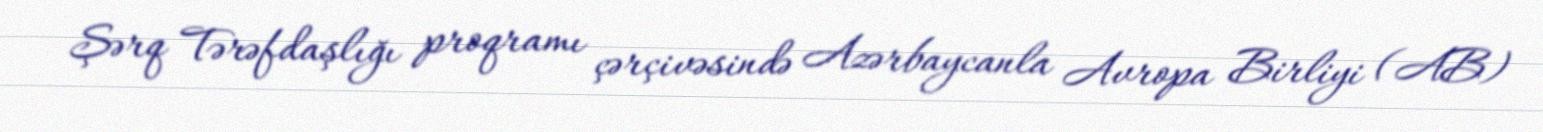
Şərq Tərəfdaşlığı proqramı çərçivəsində Azərbaycanla Avropa Birliyi (AB)